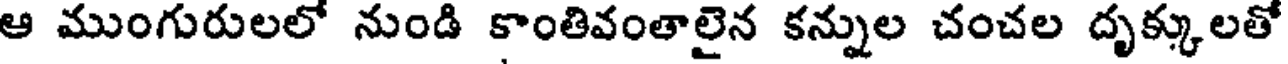
ఆ ముంగురులలో నుండి కాంతివంతాలైన కన్నుల చంచల దృక్కులతో